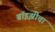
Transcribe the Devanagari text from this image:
बॉइझीचा